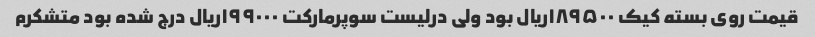
قیمت روی بسته کیک ۱۸۹۵۰۰ریال بود ولی درلیست سوپرمارکت ۱۹۹۰۰۰ریال درج شده بود متشکرم